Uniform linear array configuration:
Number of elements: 8
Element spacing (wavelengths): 0.5
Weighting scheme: cosine
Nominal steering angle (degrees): -60
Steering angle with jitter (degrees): -60.044
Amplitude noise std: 0.05
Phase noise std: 0.05

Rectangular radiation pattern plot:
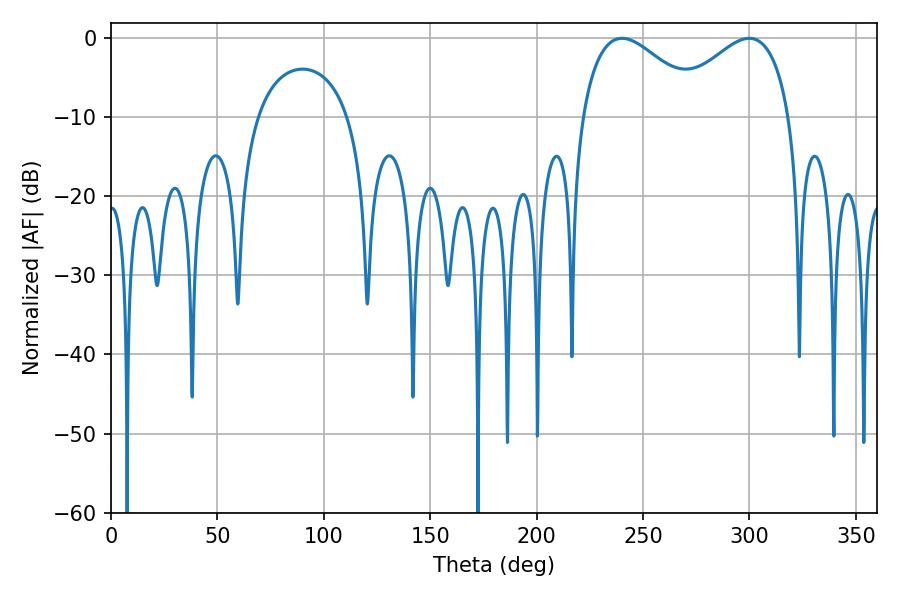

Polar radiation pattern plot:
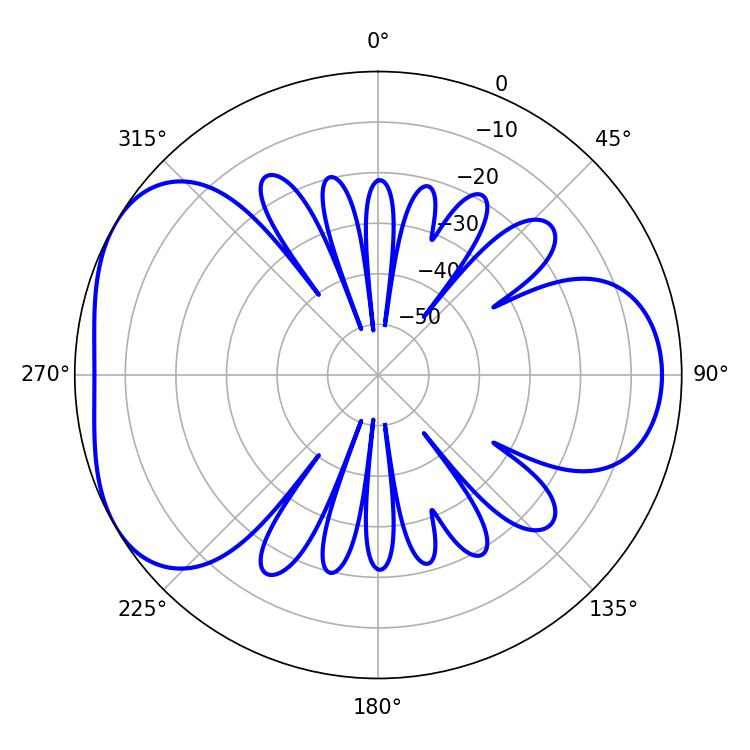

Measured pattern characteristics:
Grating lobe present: FALSE
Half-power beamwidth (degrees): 31.32
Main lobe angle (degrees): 240.12